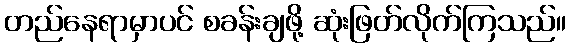
တည်နေရာမှာပင် စခန်းချဖို့ ဆုံးဖြတ်လိုက်ကြသည်။